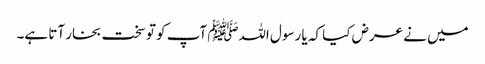
میں نے عرض کیا کہ یا رسول اللہﷺ آپ کو تو سخت بخار آتا ہے۔